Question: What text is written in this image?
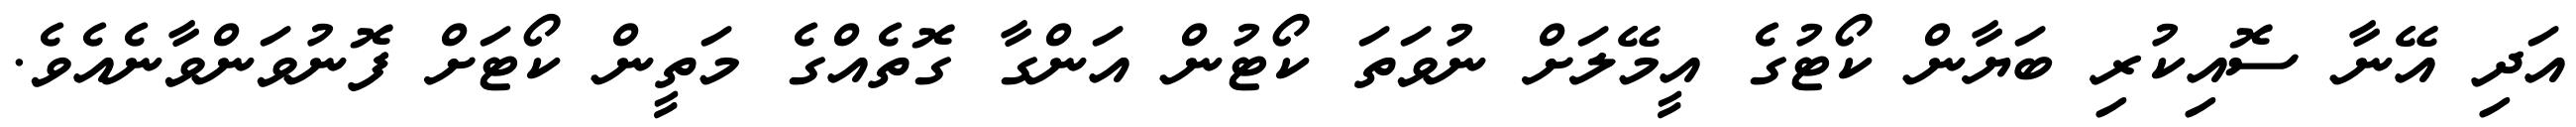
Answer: އަދި އޭނާ ސޮއިކުރި ބަޔާން ކޯޓުގެ އީމޭލަށް ނުވަތަ ކޯޓުން އަންގާ ގޮތެއްގެ މަތީން ކޯޓަށް ފޮނުވަންވާނެއެވެ.